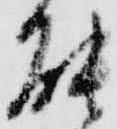
能